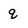
Character: q